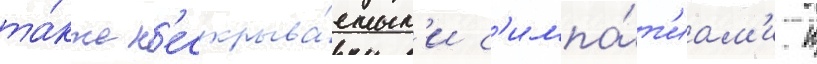
та́кже н'ескрыва́емым'и с'импа́т'иам'и к